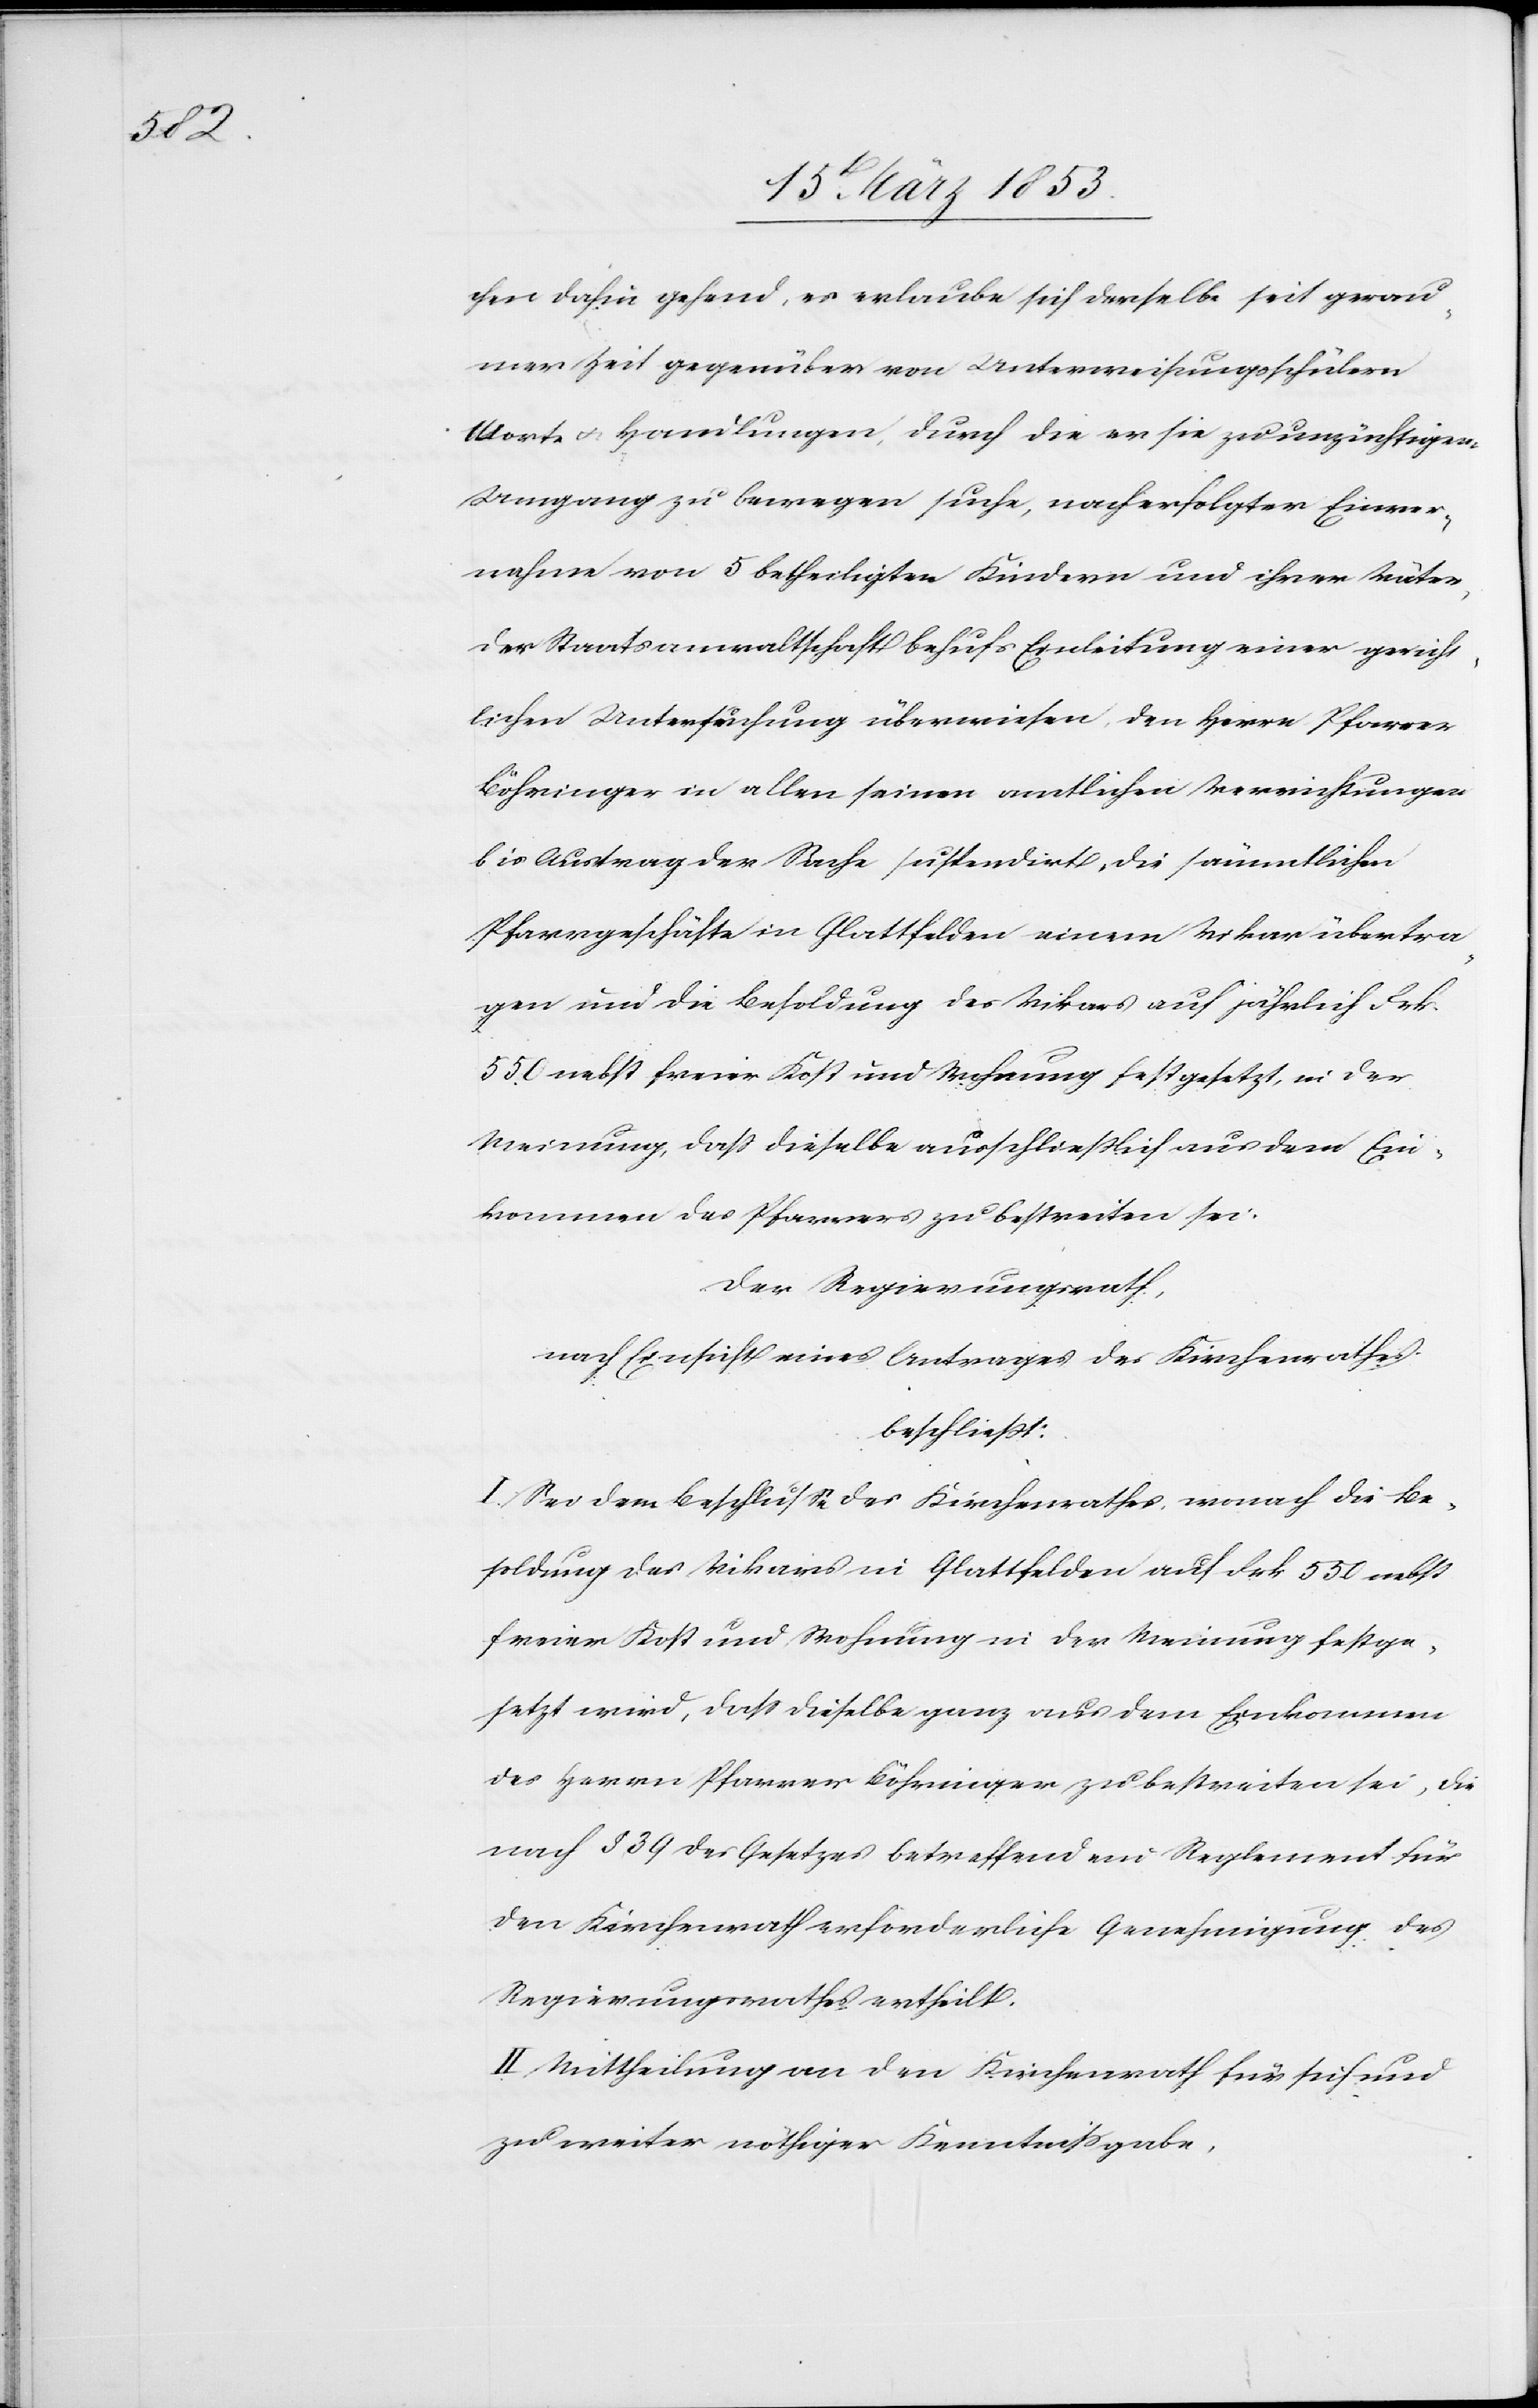
chen dahin gehend, es erlaube sich derselbe seit gerau¬
mer Zeit gegenüber von Unterweisungsschülern
Worte u. Handlungen, durch die er sie zu unzüchtigem
Umgang zu bewegen suche, nach erfolgter Einver¬
nahme von 5 betheiligten Kindern und ihrer Väter,
der Staatsanwaltschaft behufs Einleitung einer gericht¬
lichen Untersuchung überwiesen, den Herrn Pfarrer
Böhringer in allen seinen amtlichen Verrichtungen
bis Austrag der Sache suspendirt, die sämmtlichen
Pfarrgeschäfte in Glattfelden einem Vikar übertra¬
gen und die Besoldung des Vikars auf jährlich Frk.
550. nebst freier Kost und Wohnung festgesetzt, in der
Meinung, daß dieselbe ausschließlich aus dem Ein¬
kommen des Pfarrers zu bestreiten sei.
Der Regierungsrath,
nach Einsicht eines Antrages des Kirchenrathe,
beschließt:
I. Sei dem Beschluße des Kirchenrathes, wonach die Be¬
soldung des Vikars in Glattfelden auf Frk. 550 nebst
freier Kost und Wohnung in der Meinung festge¬
setzt wird, daß dieselbe ganz aus dem Einkommen
des Herrn Pfarrer Böhringer zu bestreiten sei, die
nach § 39 des Gesetzes betreffend ein Reglement für
den Kirchenrath erforderliche Genehmigung des
Regierungsrathes ertheilt.
II. Mittheilung an den Kirchenrathe für sich und
zu weiter nöthiger Kenntnißgabe.